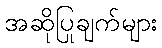
အဆိုပြုချက်များ